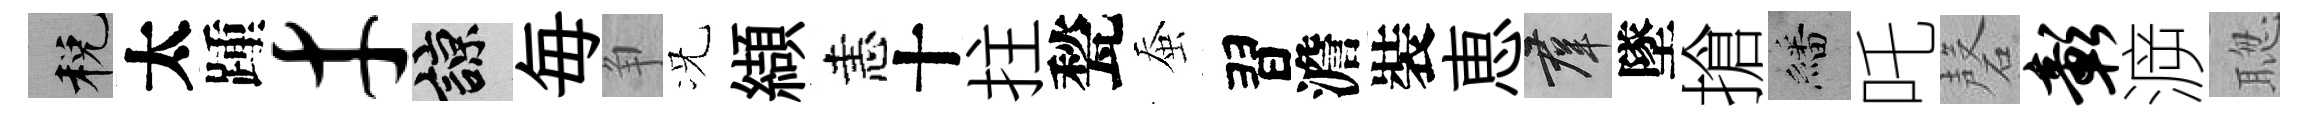
税太踵才諒毎争况纈恚十拄甃蚕習澹裝恵群墜搶繙吒磬彰㴑聦